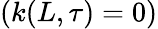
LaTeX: (k(L,\tau)=0)